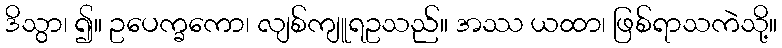
ဒိသွာ၊ ၍။ ဥပေက္ခကော၊ လျစ်ကျူရဥသည်။ အဿ ယထာ၊ ဖြစ်ရာသကဲသို့။